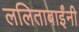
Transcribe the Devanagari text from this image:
ललिताबाईंनी